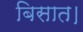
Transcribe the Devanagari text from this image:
बिसात।